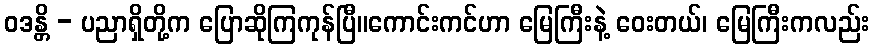
ဝဒန္တိ - ပညာရှိတို့က ပြောဆိုကြကုန်ပြီ။ကောင်းကင်ဟာ မြေကြီးနဲ့ ဝေးတယ်၊ မြေကြီးကလည်း